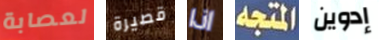
لعصابة قصيرة اذا المتجه إدوين